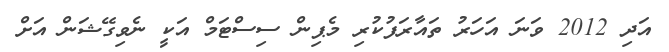
އަދި 2012 ވަނަ އަހަރު ތައާރަފުކުރި މެޕިން ސިސްޓަމް އަކީ ނެވިގޭޝަން އަށް